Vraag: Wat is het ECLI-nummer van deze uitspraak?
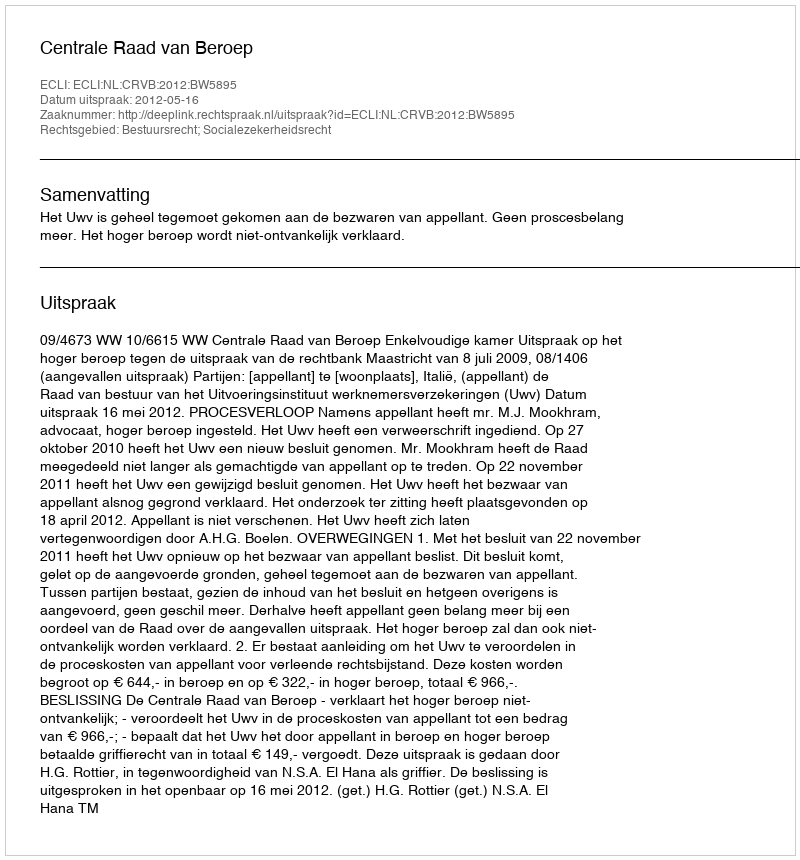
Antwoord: ECLI:NL:CRVB:2012:BW5895